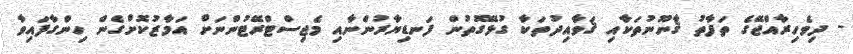
- ދިވެހިރާއްޖޭގެ ތަފާތު ޤާނޫނުތަކާއި ޤަވާއިދުތަކާ ގުޅޭގޮތުން ފަނޑިޔާރުންނާއި މެޖިސްޓްރޭޓުންނަށް އަމާޒުކޮށްގެން ހިންގާފައިވާ